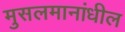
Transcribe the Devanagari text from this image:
मुसलमानांधील